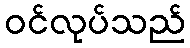
ဝင်လုပ်သည်